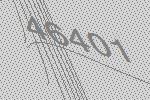
46401